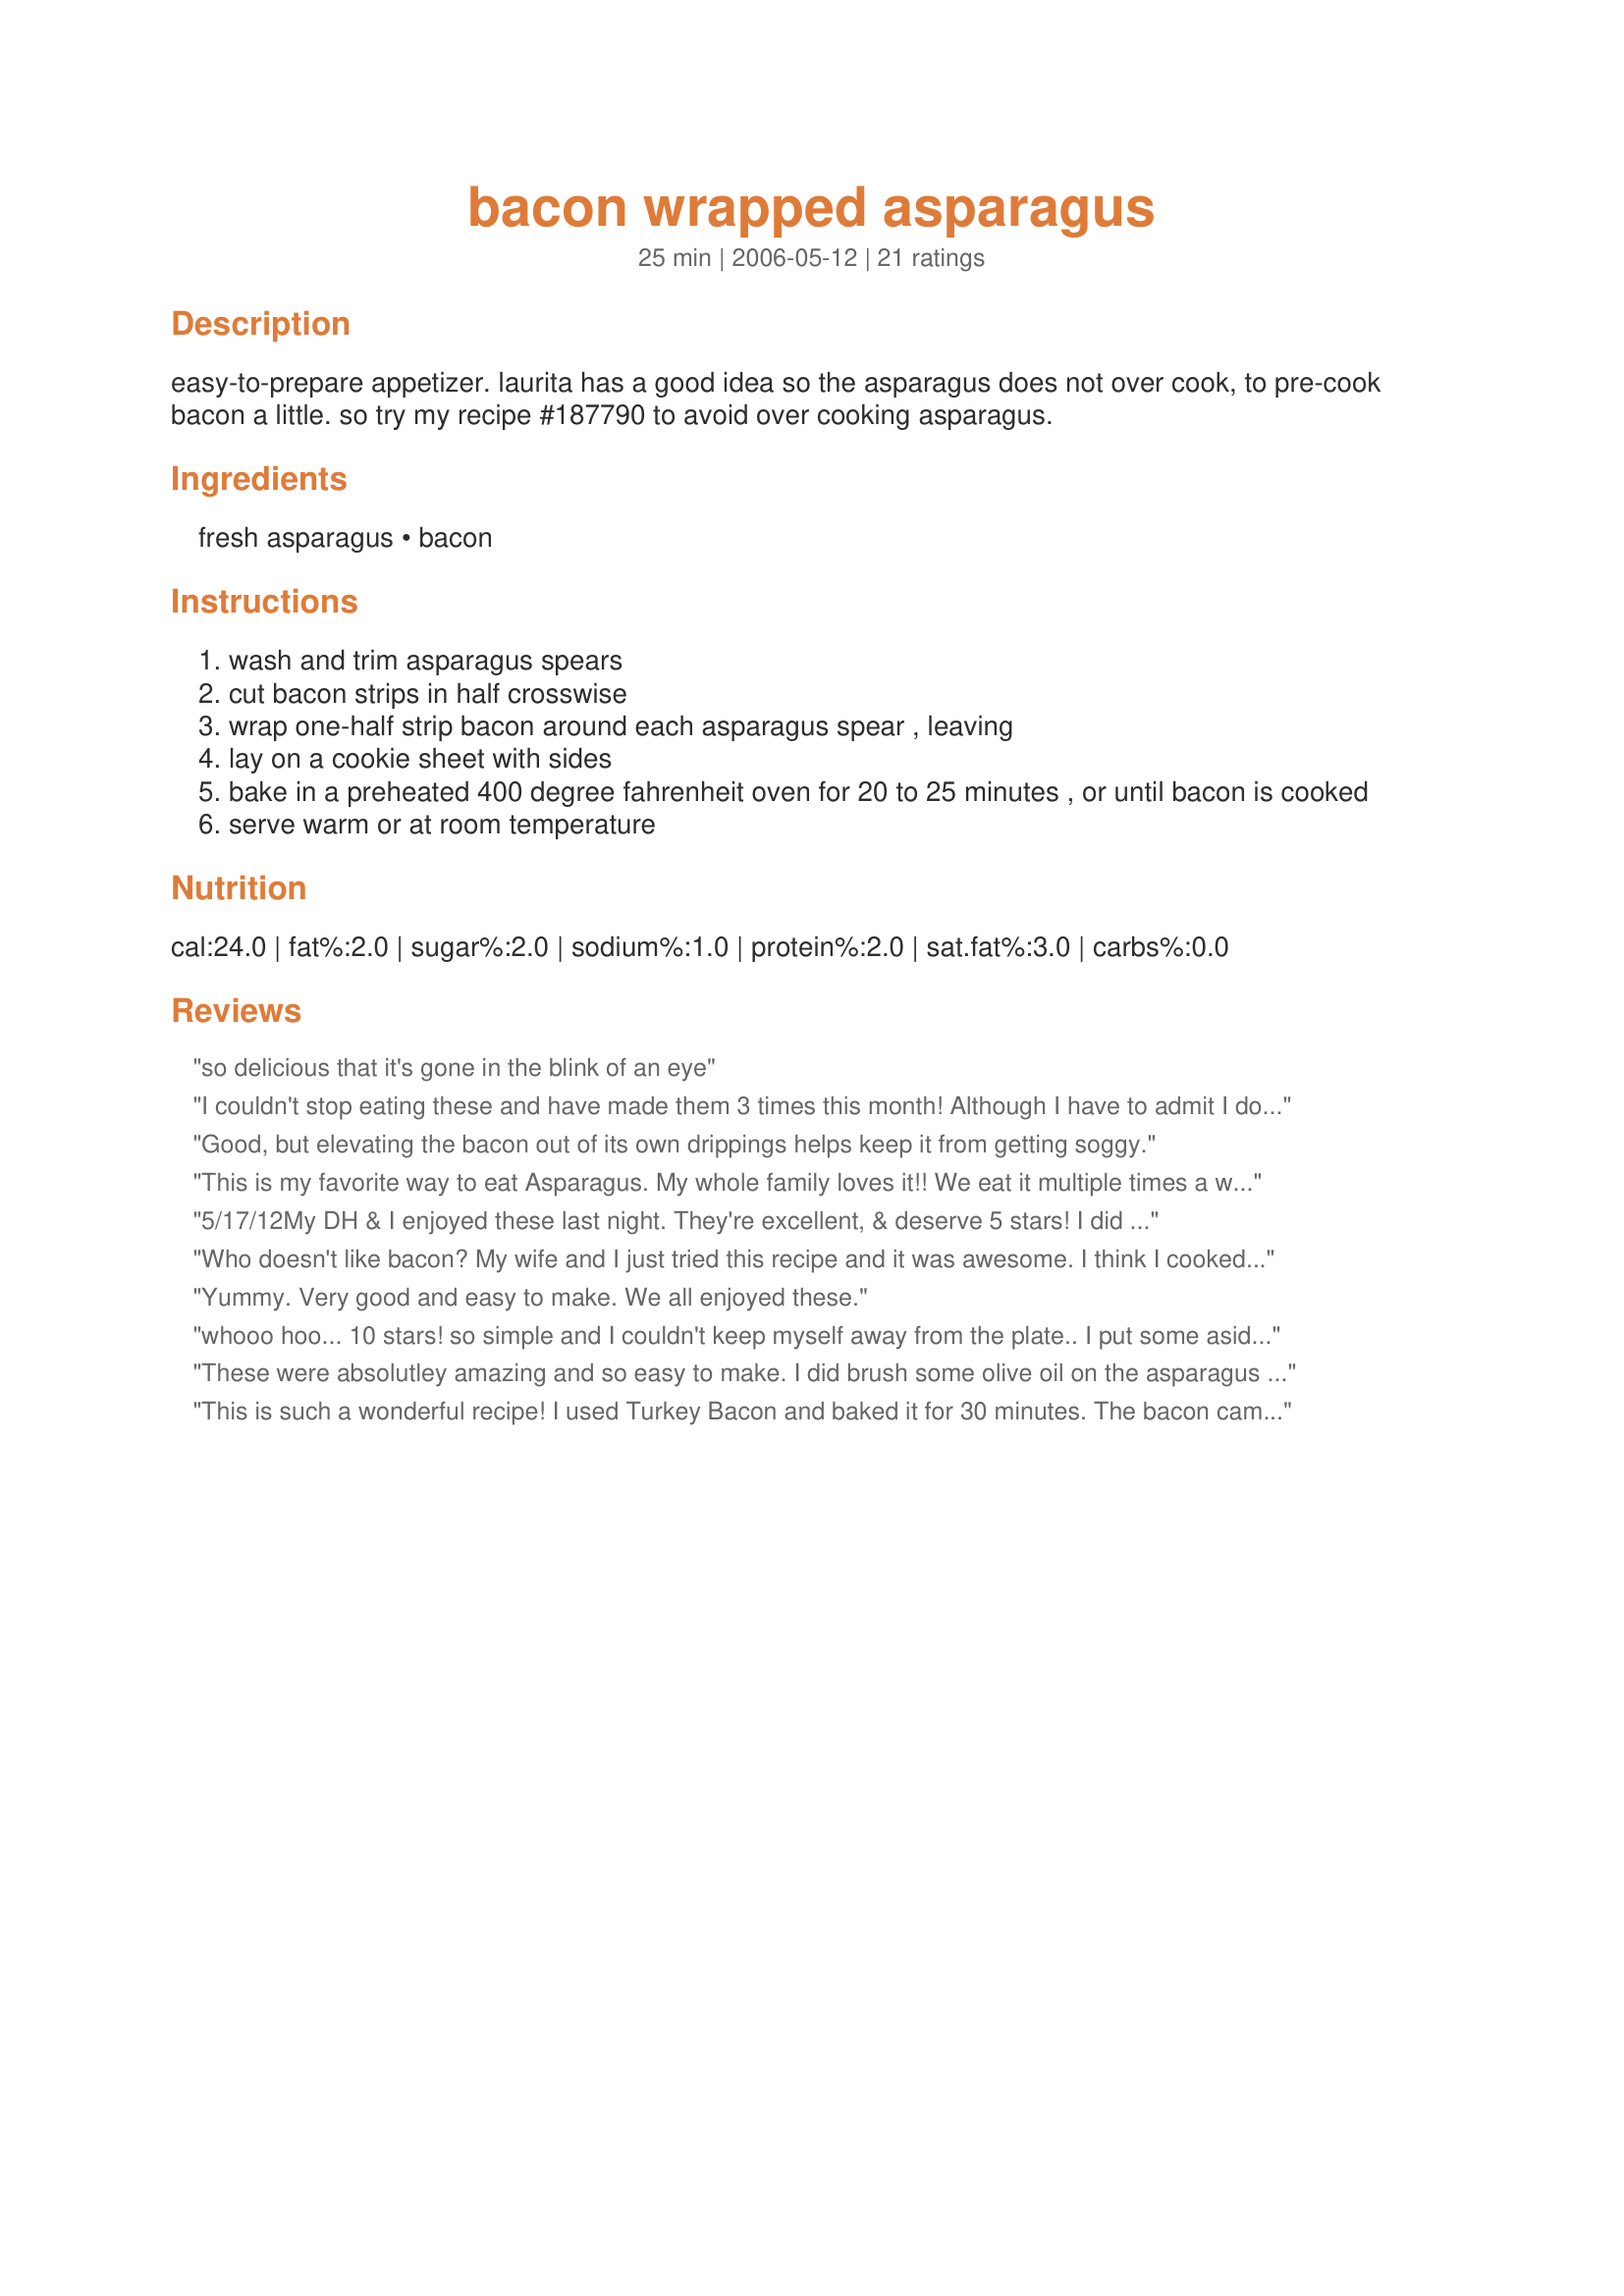
bacon wrapped asparagus
Preparation time: 25 minutes

easy-to-prepare appetizer. laurita has a good idea so the asparagus does not over cook, to pre-cook bacon a little. so try my recipe #187790 to avoid over cooking asparagus.

Ingredients:
fresh asparagus, bacon

Steps:
wash and trim asparagus spears
cut bacon strips in half crosswise
wrap one-half strip bacon around each asparagus spear , leaving
lay on a cookie sheet with sides
bake in a preheated 400 degree fahrenheit oven for 20 to 25 minutes , or until bacon is cooked
serve warm or at room temperature

Reviews:
so delicious that it's gone in the blink of an eye
I couldn't stop eating these and have made them 3 times this month! Although I have to admit I do cook mine 30-35 min as I like my bacon real crispy and my asparagus soft and tender
Good, but elevating the bacon out of its own drippings helps keep it from getting soggy.
This is my favorite way to eat Asparagus. My whole family loves it!! We eat it multiple times a week when its in season and always prepare it from this recipe.
5/17/12<br/><br/>My DH & I enjoyed these last night. They're excellent, & deserve 5 stars! I did make 2 minor changes. First, they were baked in the oven at 375 degrees for about 40-45 minutes. Secondly, the bacon was cut lengthwise, which worked better for me to be able to wrap the stalks of asparagus.<br/><br/>The bacon was a nice golden brown and the aparagus was very tender. This recipe is a keeper!
Who doesn't like bacon? My wife and I just tried this recipe and it was awesome. I think I cooked the asparagus too long (30 minutes or so on 400), but the tips turned really really crispy and tasted like bacon. Bizarre! Lovely. Thanks for this recipe!
Yummy. Very good and easy to make. We all enjoyed these.
whooo hoo... 10 stars! so simple and I couldn't keep myself away from the plate.. I put some aside for DH who popped over to the neighbours and went back and ate those too.. yes I will make him more LOL. We had a tapas type dinner list night and these were excellent. The bacon is very salty and that's about the only down side, the rest is mega easy and comfort food personified. This recipe is on the top of the pile when our BBQ comes out becuase it would be a great addition to any BBQ meal. Please see my rating system: 5 excellent stars for a recipe I will make often , and that I simply couldn't leave alone. Thanks!
These were absolutley amazing and so easy to make. I did brush some olive oil on the asparagus and sprinkled with seasoned salt like I read someone else did. Everyone loved them! I can't wait to make these again!
This is such a wonderful recipe! I used Turkey Bacon and baked it for 30 minutes. The bacon came out crisp and the Asparagus tender. While I missed the pork taste, I was able to eat more withou the guilt!
Awesome! I haven't quite figured the exact timing - the crispier bacon was great, but then the asparagus gets slightly overcooked - that did not detract from the taste, just the appearance. Possibly if I pre-nuke or lightly fry the bacon before I wrap it would work. This is a fabulous recipe and would go beautifully alongside a filet mignon or some great seafood. I made it last night with another recipe of a tomato stuffed with brocolli and cheese - a great hit overall! Very tasty, not too difficult and most important enjoyed by all! This is the kind of recipe I look for - simple but very special and very elegant! Thank you for posting Charlotte J!
These are wonderful as is! We bump it up: rinse the asparagus, shake it out, and put in a ziploc bag with 1/4 cup of parmesan/romano cheese with some dried Italian herbs thrown in to taste. Shake the bag to coat them, then wrap the asparagus pieces with the bacon and bake at 400 for 40 minutes, or to your liking. I put them on a wire rack so grease drips thru. SO GOOOOD!!
This was lovely and incredibly simple and delicious! I have as gas oven which can be a bit slow to cook thing and it took nearer 25mins (originally at mark 6 but then I cranked it up to 7 for the last 5mins) to get the bacon as crispy as I like. I'll probably try grilling next time. A definite keeper though!
Good recipe. I like oven-roasting asparagus and the bacon provides a nice element of smoky-savouriness and lip-smacking fattiness.
Very easy and quick. I cooked them on the grill. Place them off to the side so they don't burn. Excellent!
This couldn't be easier - two ingredients! And tasty tasty tasty! Easy and impressive!
Incredibly delicious! <br/><br/>I took Charlotte J's suggestion and pre-cooked the bacon for 10 minutes in a 375* oven, then rolling my asparagus and completing the cooking time as suggested.<br/><br/>To bump up the elegance factor for an appetizer, I went one step further for my dinner club by drizzling with a sweet balsamic reduction. The reduction was made of 1 C balsamic vinegar and 2 Tbsp brown sugar. This is brought to a boil, then turned to low and reduced until thickened for 10 minutes (or more depending on the heat of your stovetop.) Interesting interplay of flavors with the sweet reduction, the crisp bacon, and the fresh asparagus. Yum!!!
As a family member commented so eloquently, "This beat the c#@? outta your other recipe." Made for PRMR.
Oh My- kiwidutch is right, these are addicting! I should not have been left alone with these little gems. I think I had half of them eaten before dinner was served. I prepped them earlier in the day and then just baked for about 40 minutes at dinner time. These would be a great appetizer too. Thanks for a great recipe Char. Nick's Mom
These are excellent! I have made them several times on the grill. Even subbed thin deli ham for the bacon and it was very good also. You might also try rolling the spears in olive oil and sprinkle with seasoning salt before you wrap with bacon or ham for more flavor. Thanks for another great way to eat "greens" :).
Oh I wish I could give more that 5 stars. My family loves this! I baked at 400 for about 40 minutes since we like the bacon a bit on the crispy side.
